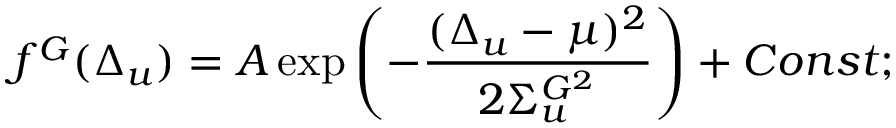
f ^ { G } ( \Delta _ { u } ) = A \exp \left( - \frac { ( \Delta _ { u } - \mu ) ^ { 2 } } { 2 \Sigma _ { u } ^ { G ^ { 2 } } } \right) + C o n s t ;